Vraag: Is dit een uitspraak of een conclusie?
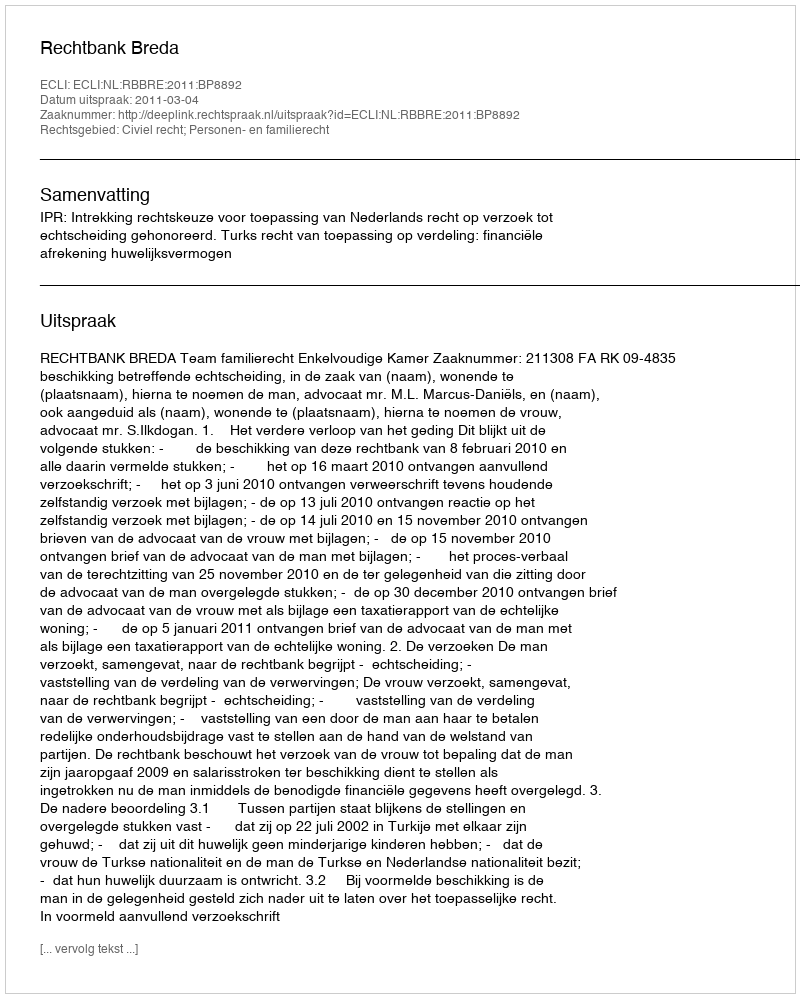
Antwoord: Uitspraak